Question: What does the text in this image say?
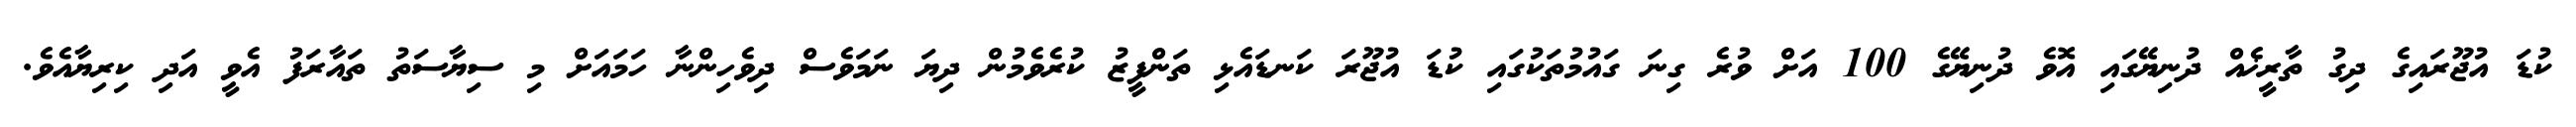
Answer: ކުޑަ އުޖޫރައިގެ ދިގު ތާރީޚެއް ދުނިޔޭގައި އޮވެ ދުނިޔޭގެ 100 އަށް ވުރެ ގިނަ ގައުމުތަކުގައި ކުޑަ އުޖޫރަ ކަނޑައެޅި ތަންފީޒު ކުރެވެމުން ދިޔަ ނަމަވެސް ދިވެހިންނާ ހަމައަށް މި ސިޔާސަތު ތައާރަފު އެވީ އަދި ކިރިޔާއެވެ.